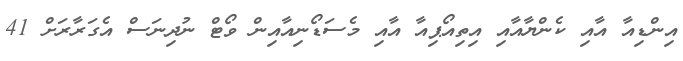
އިންޑިއާ އާއި ކެންޔާއާއި އިތިއޯޕިއާ އާއި މެސަޑޯނިއާއިން ވޯޓް ނުދިނަސް އެގަރާރަށް 41